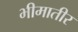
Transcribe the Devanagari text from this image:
भीमातीर